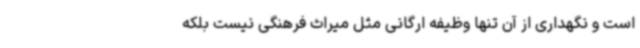
است و نگهداری از آن تنها وظیفه ارگانی مثل میراث فرهنگی نیست بلکه